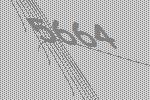
5664